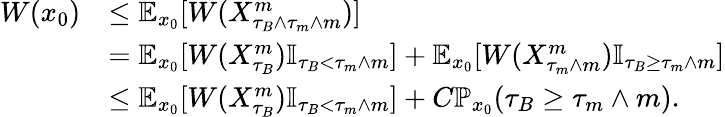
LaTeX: \begin{array}{rl}{W(x_{0})}&{\le\mathbb E_{x_{0}}[W(X_{\tau_{B}\wedge\tau_{m}\wedge m}^{m})]}\\ &{=\mathbb E_{x_{0}}[W(X_{\tau_{B}}^{m})\mathbb I_{\tau_{B}<\tau_{m}\wedge m}]+\mathbb E_{x_{0}}[W(X_{\tau_{m}\wedge m}^{m})\mathbb I_{\tau_{B}\ge\tau_{m}\wedge m}]}\\ &{\le\mathbb E_{x_{0}}[W(X_{\tau_{B}}^{m})\mathbb I_{\tau_{B}<\tau_{m}\wedge m}]+C\mathbb P_{x_{0}}(\tau_{B}\ge\tau_{m}\wedge m).}\end{array}